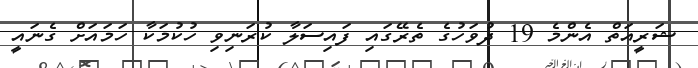
ޝަރީއަތް އެންމެ 19 ދުވަހުގެ ތެރޭގައި ފައިސަލާ ކުރަނިވި ހުކުމަކާ ހަމައަށް ގެނައީ